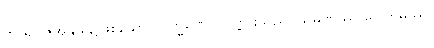
ဘာရဒွါဇအနွယ်၌ဖြစ်သော။ ဗြဟ္မဏော၊ ပုဏ္ဏားသည်။ သမဏဿ ဂေါတမဿ၊